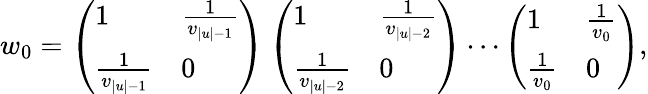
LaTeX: w_{0}=\left(\begin{array}{ll}{1}&{\frac{1}{v_{|u|-1}}}\\ {\frac{1}{v_{|u|-1}}}&{0}\end{array}\right)\left(\begin{array}{ll}{1}&{\frac{1}{v_{|u|-2}}}\\ {\frac{1}{v_{|u|-2}}}&{0}\end{array}\right)\cdots\left(\begin{array}{ll}{1}&{\frac{1}{v_{0}}}\\ {\frac{1}{v_{0}}}&{0}\end{array}\right),